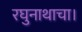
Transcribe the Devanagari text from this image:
रघुनाथाचा।